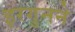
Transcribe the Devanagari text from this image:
इरगुनने